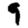
Digit: 9